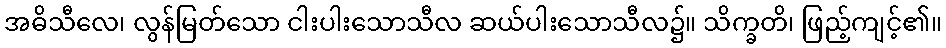
အဓိသီလေ၊ လွန်မြတ်သော ငါးပါးသောသီလ ဆယ်ပါးသောသီလ၌။ သိက္ခတိ၊ ဖြည့်ကျင့်၏။